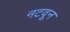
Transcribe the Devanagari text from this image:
नटवून